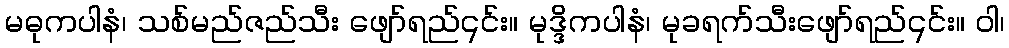
မဓုကပါနံ၊ သစ်မည်ဇည်သီး ဖျော်ရည်၎င်း။ မုဒ္ဒိကပါနံ၊ မုခရက်သီးဖျော်ရည်၎င်း။ ဝါ၊